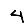
Digit: 4